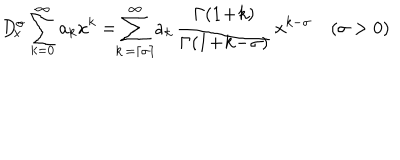
D _ { \! x } ^ { \sigma } \sum _ { k = 0 } ^ { \infty } a _ { k } x ^ { k } = \! \! \sum _ { k \, = \left\lceil \sigma \right\rceil } ^ { \infty } \! a _ { k } \, \frac { \Gamma ( 1 \! + \! k ) } { \Gamma ( 1 \! + \! k \! - \! \sigma ) } \, x ^ { k - \sigma } \quad ( \sigma > 0 )